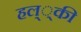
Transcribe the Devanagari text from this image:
हल््की